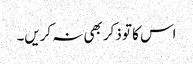
اس کا تو ذکر بھی نہ کریں۔